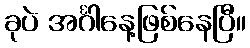
ခုပဲ အင်္ဂါနေ့ဖြစ်နေပြီ။